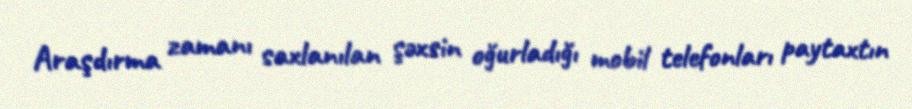
Araşdırma zamanı saxlanılan şəxsin oğurladığı mobil telefonları paytaxtın